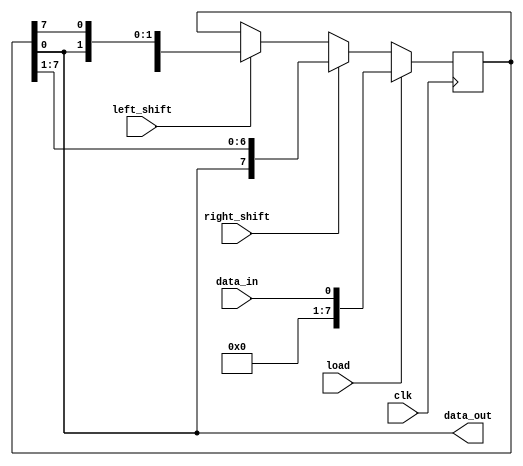
module shift_register (
  input wire clk,
  input wire load,
  input wire left_shift,
  input wire right_shift,
  input wire data_in,
  output reg data_out
);

reg [7:0] reg_data;

always @(posedge clk) begin
  if (load) begin
    reg_data <= data_in;
  end else begin
    if (left_shift) begin
      reg_data <= {reg_data[6:0], reg_data[7]};
    end
    if (right_shift) begin
      reg_data <= {reg_data[0], reg_data[7:1]};
    end
  end
end

assign data_out = reg_data;

endmodule